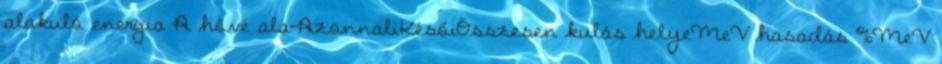
alakuló energia A hővé ala-AzonnaliKésőiÖsszesen kulás helyeMeV hasadás %MeV